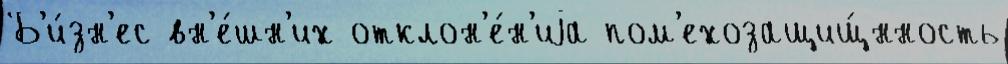
Б'и́зн'ес вн'е́шн'их отклон'е́н'иjа пом'ехозащищ́нность